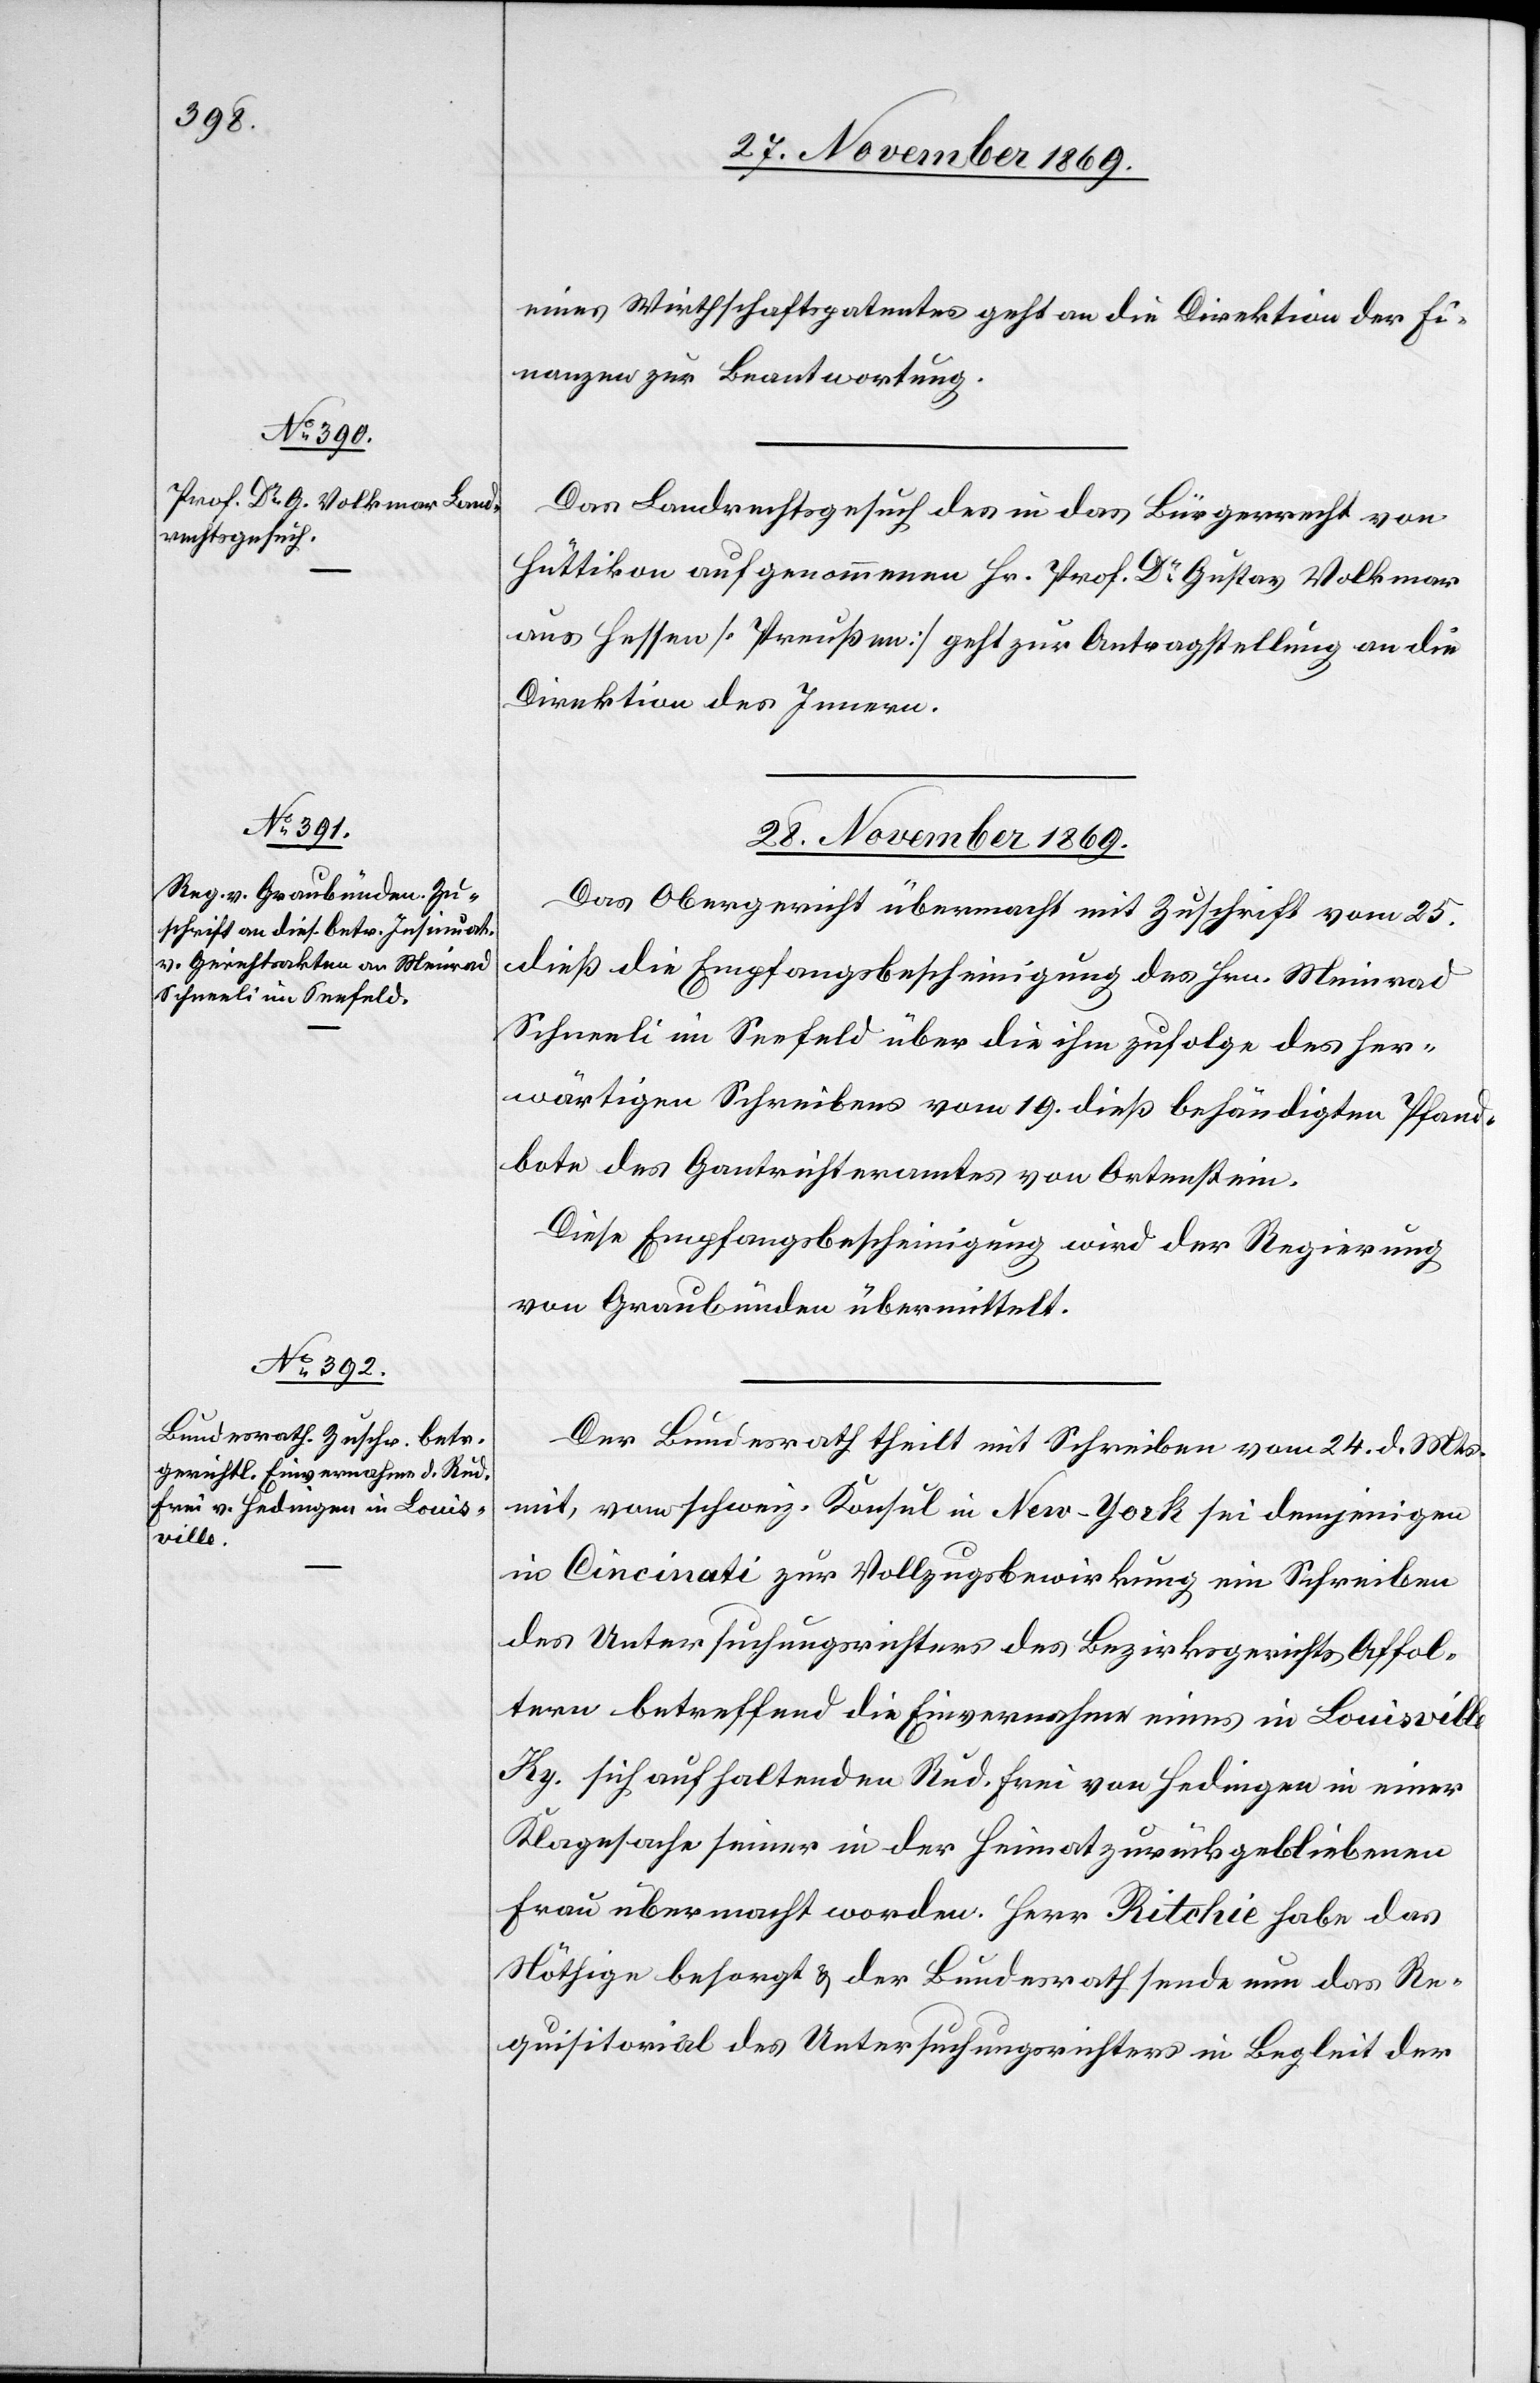
28. November 1869.]
eines Wirthschaftspatentes geht an die Direktion der Fi¬
nanzen zur Beantwortung.
Das Landrechtsgesuch des in das Bürgerrecht von
Hüttikon aufgenommenen Hr. Prof. Dr Gustav Volkmar
aus Hessen [Preußen] geht zur Antragstellung an die
Direktion des Innern.
Das Obergericht übermacht mit Zuschrift vom 25.
dieß die Empfangsbescheinigung des Hrn. Meinrad
Schneeli im Seefeld über die ihm zufolge des her¬
wärtigen Schreibens vom 19. dieß behändigten Pfand¬
bote des Gantrichteramtes von Ortenstein.
Diese Empfangsbescheinigung wird der Regierung
von Graubünden übermittelt.
Der Bundesrath theilt mit Schreiben vom 24. d. Mts.
mit, vom schweiz. Konsul in New-York sei demjenigen
in Cincinati zur Vollzugsbewirkung ein Schreiben
des Untersuchungsrichters des Bezirksgerichts Affol¬
tern betreffend die Einvernahme eines in Louisville
Ky. sich aufhaltenden Rud. Frei von Hedingen in einer
Klagesache seiner in der Heimat zurückgebliebenen
Frau übermacht worden. Herr Ritchie habe das
Nöthige besorgt & der Bundesrath sende nun das Re¬
quisitorial des Untersuchungsrichters in Begleit der